Vaccination in Bombay 1924-1928 - 1924-1928
Year: 1924
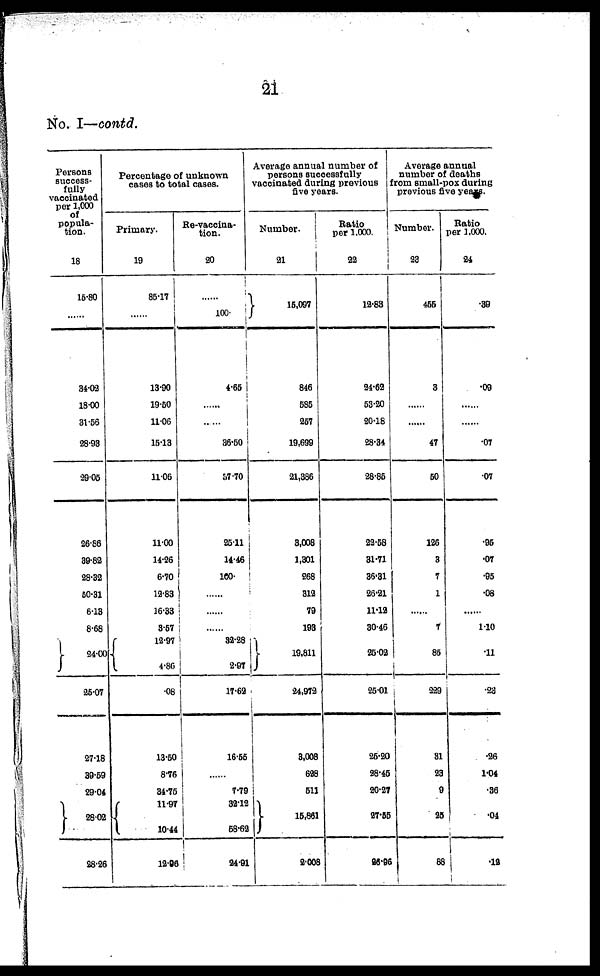
21
No. I—contd.
Persons
success-
fully
vaccinated
per 1,000
of
popula-
tion.
18
15.80
......
34.02
18.00
31.56
28.93
29.05
26.86
39.82
28.32
50.31
6.13
8.68
24.00
25.07
27.18
39.59
29.04
28.02
28.26
Percentage of unknown
cases to total cases.
Primary.
19
85.17
......
13.90
19.50
11.06
15.13
11.06
11.00
14.26
6.70
12.83
16.33
3.57
12.97
4.86
.08
13.50
8.76
34.75
11.97
10.44
12.96
Re-vaccina-
tion.
20
......
100.
4.65
......
......
36.50
57.70
25.11
14.46
100.
......
......
32.28
2.97
17.62
16.55
......
7.79
32.12
58.62
24.91
Average annual number of
persons successfully
vaccinated during previous
five years.
Number.
21
15,097
846
585
257
19,699
21,386
3,008
1,301
268
312
79
193
19,811
24,972
3,008
628
511
15,661
2,008
Ratio
per 1,000.
22
12.83
24.62
53.20
20.18
28.34
28.85
22.58
31.71
36.31
26.21
11.12
30.46
25.02
25.01
25.20
28.45
20.27
27.55
26.96
Average annual
number of deaths
from small-pox during
previous five years.
Number.
23
455
3
......
......
47
50
126
3
7
1
......
7
85
229
31
23
9
25
88
Ratio
per 1,000.
24
.39
.09
.07
.07
.95
.07
.95
.08
1.10
.11
.23
.26
1.04
.36
.04
.12